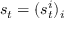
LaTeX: s _ { t } = ( s _ { t } ^ { i } ) _ { i }